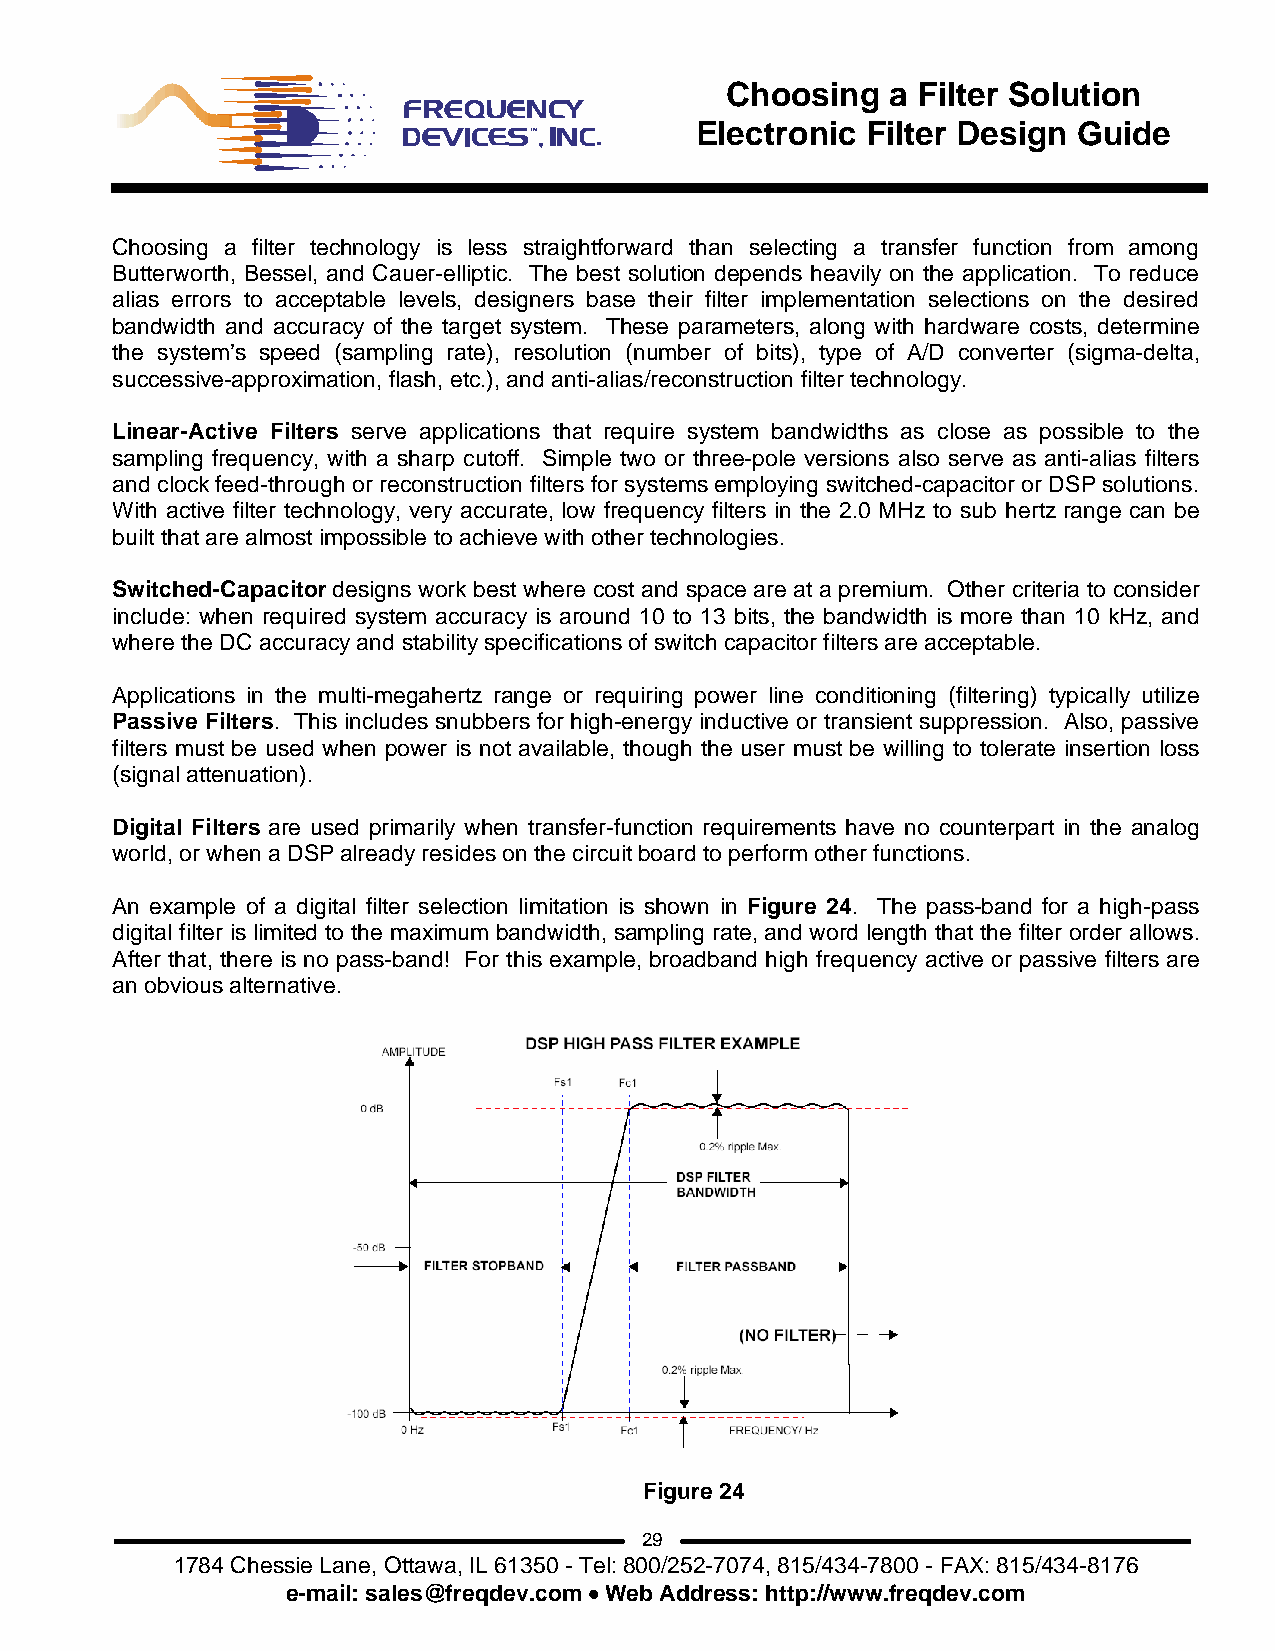
Choosing   a Filter Solution
 Electronic Filter Design Guide
 Choosing a filter technology is less straightforward than selecting a transfer function from among
 Butterworth, Bessel, and Cauer-elliptic. The best solution depends heavily on the application. To reduce
 alias errors to acceptable levels, designers base their filter implementation selections on the desired
 bandwidth and accuracy of the target system. These parameters, along with hardware costs, determine
 the system’s speed (sampling rate), resolution (number of bits), type of A/D converter (sigma-delta,
 successive-approximation, flash, etc.), and anti-alias/reconstruction filter technology.
 Linear-Active Filters serve applications that require system bandwidths as close as possible to the
 sampling frequency, with a sharp cutoff. Simple two or three-pole versions also serve as anti-alias filters
 and clock feed-through or reconstruction filters for systems employing switched-capacitor or DSP solutions.
 With active filter technology, very accurate, low frequency filters in the 2.0 MHz to sub hertz range can be
 built that are almost impossible to achieve with other technologies.
 Switched-Capacitor designs work best where cost and space are at a premium. Other criteria to consider
 include: when required system accuracy is around 10 to 13 bits, the bandwidth is more than 10 kHz, and
 where the DC accuracy and stability specifications of switch capacitor filters are acceptable.
 Applications in the multi-megahertz range or requiring power line conditioning (filtering) typically utilize
 Passive Filters. This includes snubbers for high-energy inductive or transient suppression. Also, passive
 filters must be used when power is not available, though the user must be willing to tolerate insertion loss
 (signal attenuation).
 Digital Filters are used primarily when transfer-function requirements have no counterpart in the analog
 world, or when a DSP already resides on the circuit board to perform other functions.
 An example of a digital filter selection limitation is shown in Figure 24. The pass-band for a high-pass
 digital filter is limited to the maximum bandwidth, sampling rate, and word length that the filter order allows.
 After that, there is no pass-band! For this example, broadband high frequency active or passive filters are
 an obvious alternative.
 Figure 24
 29
 1784 Chessie Lane, Ottawa, IL 61350 - Tel: 800/252-7074, 815/434-7800 - FAX: 815/434-8176
 e-mail: sales@freqdev.com • Web Address: http://www.freqdev.com